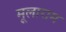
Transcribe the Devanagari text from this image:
मूलाराम